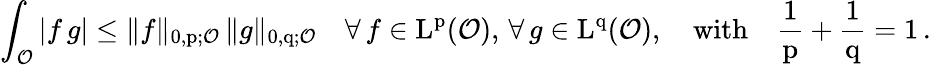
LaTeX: \int_{\mathcal{O}}|f\, g|\leq\| f\| _{0,\mathrm{p};\mathcal{O}}\, \| g\| _{0,\mathrm{q};\mathcal{O}}\quad\forall\, f\in\mathrm{L}^{\mathrm{p}}(\mathcal{O}),\, \forall\, g\in\mathrm{L}^{\mathrm{q}}(\mathcal{O}),\quad\mathrm{with}\quad\frac{1}{\mathrm{p}}+\frac{1}{\mathrm{q}}=1\, .